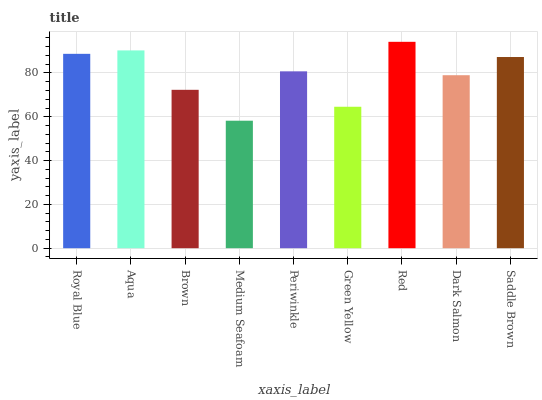
| xaxis_label | bars |
 | --- | --- |
 | Royal Blue | 88.7 |
 | Aqua | 90.3 |
 | Brown | 72.3 |
 | Medium Seafoam | 58.2 |
 | Periwinkle | 80.7 |
 | Green Yellow | 64.6 |
 | Red | 94.2 |
 | Dark Salmon | 79 |
 | Saddle Brown | 87.3 |